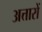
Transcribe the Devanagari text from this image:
अत्तारों